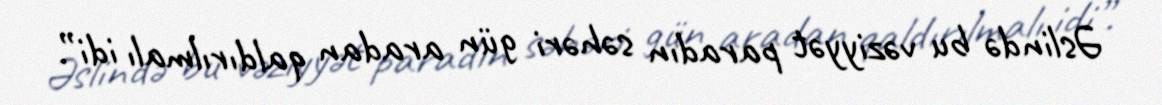
Əslində bu vəziyyət paradın səhəri gün aradan qaldırılmalı idi”.